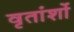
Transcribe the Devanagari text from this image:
वृतांशों